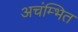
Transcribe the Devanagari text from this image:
अचंम्भित